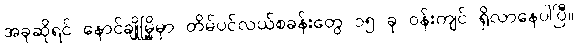
အခုဆိုရင် နောင်ချိုမြို့မှာ တိမ်ပင်လယ်စခန်းတွေ ၁၅ ခု ဝန်းကျင် ရှိလာနေပါပြီ။